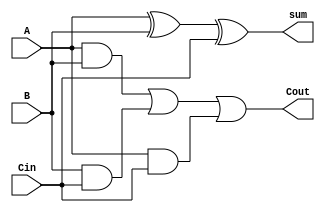
module full_adder(input A, input B, input Cin, output sum, output Cout);

  assign sum = A ^ B ^ Cin;
  assign Cout = (A & B) | (B & Cin) | (A & Cin);

endmodule